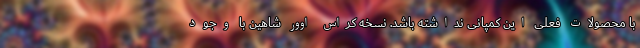
با محصولات فعلی این کمپانی نداشته باشد. نسخه کراس اوور شاهین با وجود